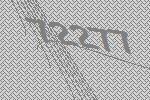
72277